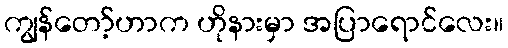
ကျွန်တော့်ဟာက ဟိုနားမှာ အပြာရောင်လေး။